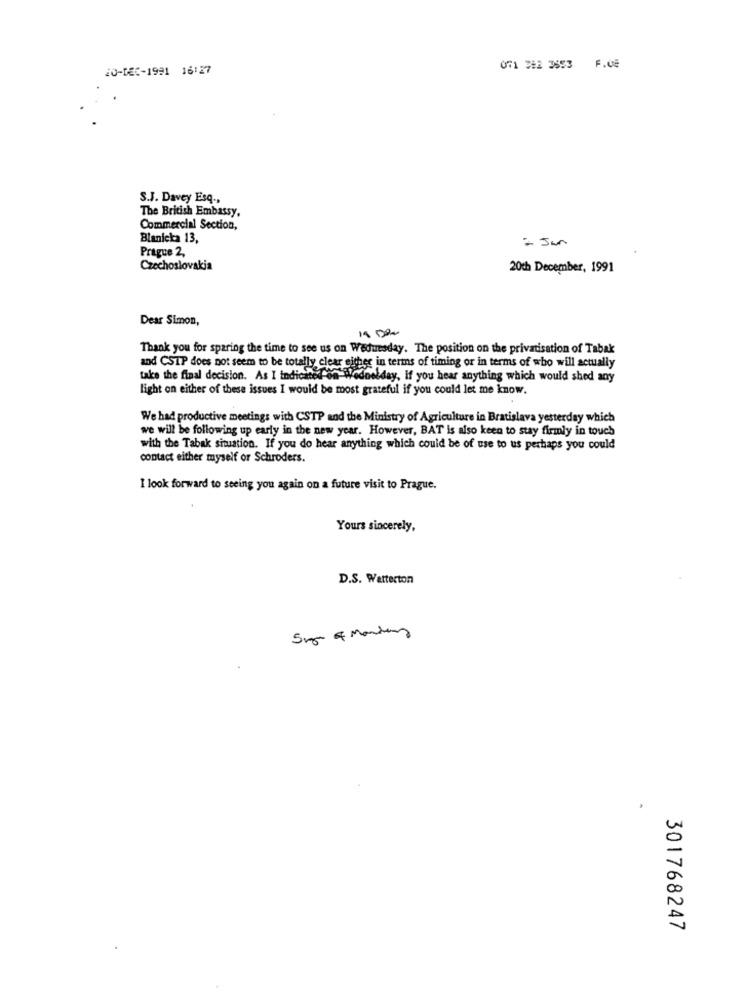
20-DEC-1991 16:27
Of1 332 3553 F.08
S.J. Davey Esq .,
The British Embassy,
Commercial Section,
Blanicka 13,
Prague 2,
- Jun
Czechoslovakia
20th December, 1991
Dear Simon,
Thank you for sparing the time to see us on Wednesday. The position on the privatisation of Tabak
and CSTP does not seem to be totally clear either in terms of timing or in terms of who will actually
take the final decision. As I indicated on Wednesday, if you hear anything which would shed any
light on either of these issues I would be most grateful if you could let me know.
We had productive meetings with CSTP and the Ministry of Agriculture in Bratislava yesterday which
we will be following up early in the new year. However, BAT is also keen to stay firmly in touch
with the Tabak situation. If you do hear anything which could be of use to us perhaps you could
contact either myself or Schroders.
I look forward to seeing you again on a future visit to Prague.
Yours sincerely,
D.S. Watterton
301768247